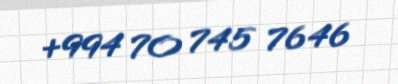
+994 70 745 76 46